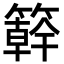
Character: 簳